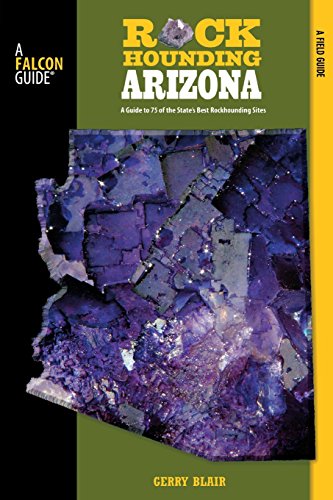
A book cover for Rockhounding Arizona: A Guide To 75 Of The State's Best Rockhounding Sites (Rockhounding Series); Gerry Blair; Science & Math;